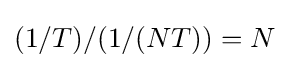
(1/T)/(1/(NT))=N